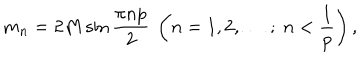
LaTeX: m _ { n } = 2 M \sin \frac { \pi n p } { 2 } ~ \left( n = 1 , 2 , \ldots \, ; ~ n < \frac { 1 } { p } \right) ,